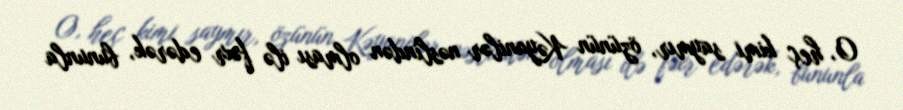
O, heç kimi saymır, özünün Kəyanilər nəslindən olması ilə fəxr edərək, bununla